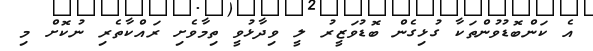
އެ ކަންބޮޑުވުންތަކާ ގުޅިގެން ބޮޑުވަޒީރު ލީ ވިދާޅުވީ ތިމާވެށި ރައްކާތެރި ނުކޮށް މި